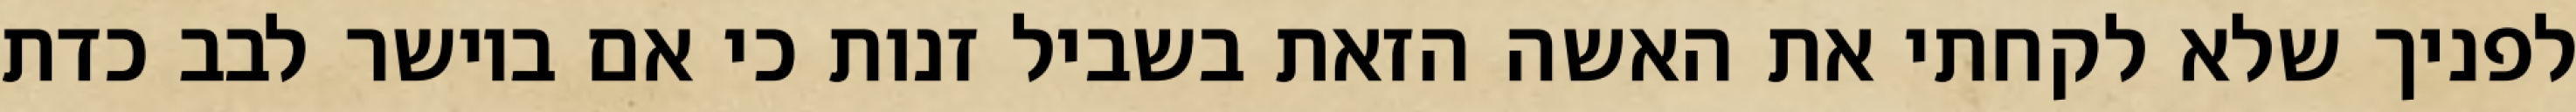
לפניך שלא לקחתי את האשה הזאת בשביל זנות כי אם ביושר לבב כדת